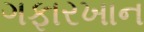
ગફારખાન